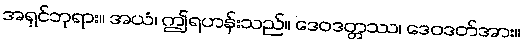
အရှင်ဘုရား။ အယံ၊ ဤရဟန်းသည်။ ဒေဝဒတ္တဿ၊ ဒေဝဒတ်အား။